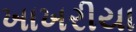
ખાખરીયા